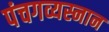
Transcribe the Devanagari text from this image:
पंचगव्यस्नान